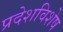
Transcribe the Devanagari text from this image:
प्रदेशविशेष